Vaccination in Burma 1920-1933 - 1920-1933
Year: 1920
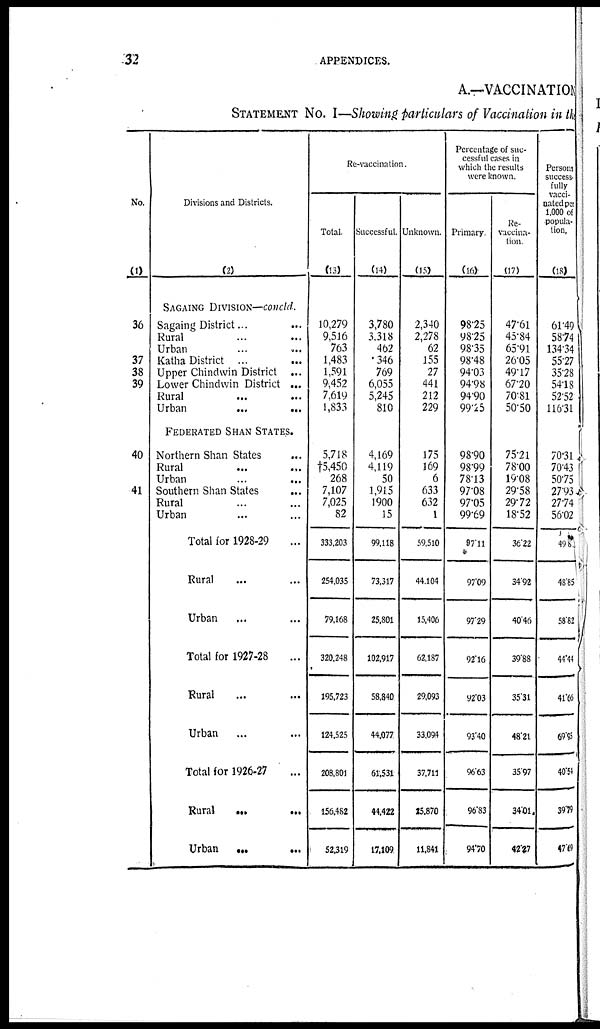
32
APPENDICES.
A.—VACCINATION
STATEMENT No. I—Showing particulars of Vaccination in the
No.
(1)
36
37
38
39
40
41
Divisions and Districts.
(2)
SAGAING DIVISION—concld.
Sagaing District... ...
Rural ... ...
Urban
...
...
Katha District...
...
Upper Chindwin District...
Lower Chindwin District ...
Rural ... ...
Urban
...
...
FEDERATED SHAN STATES.
Northern Shan States ...
Rural...
...
Urban
...
...
Southern Shan States
...
Rural ... ...
Urban ... ...
Total for 1928-29
Rural ... ...
Urban ... ...
Total for 1927-28 ...
Rural ... ...
Urban ... ...
Total for 1926-27 ...
Rural...
...
Urban
...
...
Re-vaccination.
Total
(13)
10,279
9,516
763
1,483
1,591
9,452
7,619
1,833
5,718
†5,450
268
7,107
7,025
82
333,203
254,035
79,168
320,248
195,723
124,525
208,801
156,482
52,319
Successful
(14)
3,780
3,318
462
346
769
6,055
5,245
810
4,169
4,119
50
1,915
1900
15
99,118
73,317
25,801
102,917
58,840
44,077
61,531
44,422
17,109
Unknown.
(15)
2,340
2,278
62
155
27
441
212
229
175
169
6
633
632
1
59,510
44,104
15,406
62,187
29,093
33,094
37,711
25,870
11,841
Percentage of suc-
cessful cases in
which the results
were known.
Primary
(16)
98.25
98.25
98.35
98.48
94.03
94.98
94.90
99.25
98.90
98.99
78.13
97.08
97.05
99.69
97.11
97.09
97.29
92.16
92.03
93.40
96.63
96.83
94.70
Re-
vaccina-
tion
(17)
47.61
45.84
65.91
26.05
49.17
67.20
70.81
50.50
75.21
78.00
19.08
29.58
29.72
18.52
36.22
34.92
40.46
3988
35.31
48.21
35.97
34.01
42.27
Persons
success-
fully
vacci-
nated per
1,000 of
popula-
tion.
(18)
61.49
58.74
134.34
55.27
35.28
54.18
52.52
116.31
70.31
70.43
50.75
27.93
27.74
56.02
49.8
48.85
58.82
44.44
41.66
69.95
40.54
39.79
47.69